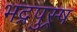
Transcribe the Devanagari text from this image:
भद्रपुस्र्ष